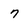
Character: 7